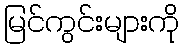
မြင်ကွင်းများကို